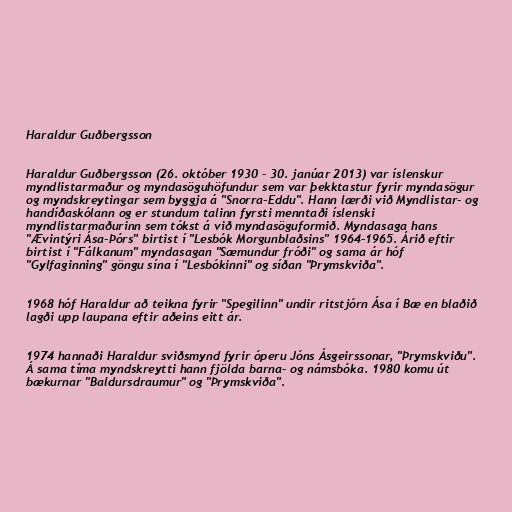
Haraldur Guðbergsson

Haraldur Guðbergsson (26. október 1930 - 30. janúar 2013) var íslenskur
myndlistarmaður og myndasöguhöfundur sem var þekktastur fyrir myndasögur
og myndskreytingar sem byggja á "Snorra-Eddu". Hann lærði við Myndlistar- og
handíðaskólann og er stundum talinn fyrsti menntaði íslenski
myndlistarmaðurinn sem tókst á við myndasöguformið. Myndasaga hans
"Ævintýri Ása-Þórs" birtist í "Lesbók Morgunblaðsins" 1964-1965. Árið eftir
birtist í "Fálkanum" myndasagan "Sæmundur fróði" og sama ár hóf
"Gylfaginning" göngu sína í "Lesbókinni" og síðan "Þrymskviða".

1968 hóf Haraldur að teikna fyrir "Spegilinn" undir ritstjórn Ása í Bæ en blaðið
lagði upp laupana eftir aðeins eitt ár.

1974 hannaði Haraldur sviðsmynd fyrir óperu Jóns Ásgeirssonar, "Þrymskviðu".
Á sama tíma myndskreytti hann fjölda barna- og námsbóka. 1980 komu út
bækurnar "Baldursdraumur" og "Þrymskviða".